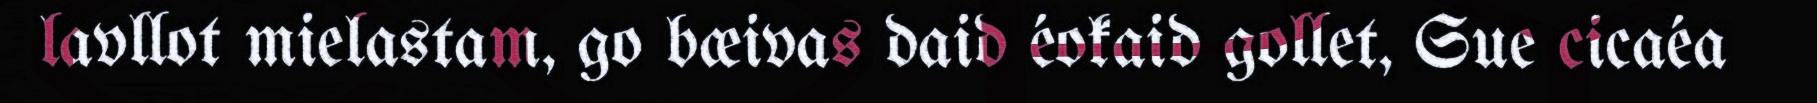
lavllot mielastam, go bæivas daid éokaid gollet, Sue cicaéa